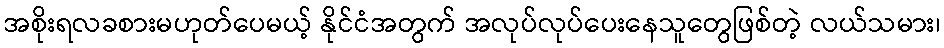
အစိုးရလခစားမဟုတ်ပေမယ့် နိုင်ငံအတွက် အလုပ်လုပ်ပေးနေသူတွေဖြစ်တဲ့ လယ်သမား၊